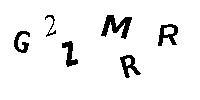
G2ZMRR